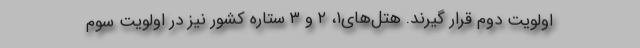
اولویت دوم قرار گیرند. هتل‌های۱، ۲ و ۳ ستاره کشور نیز در اولویت سوم